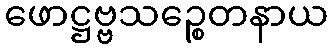
ဖောဋ္ဌဗ္ဗသဉ္စေတနာယ